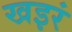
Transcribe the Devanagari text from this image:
खइरं